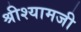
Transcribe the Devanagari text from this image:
श्रीश्यामजी